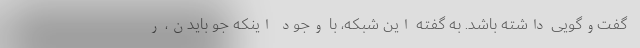
گفت‌وگویی داشته باشد. به گفته این شبکه، با وجود اینکه جو بایدن، ر